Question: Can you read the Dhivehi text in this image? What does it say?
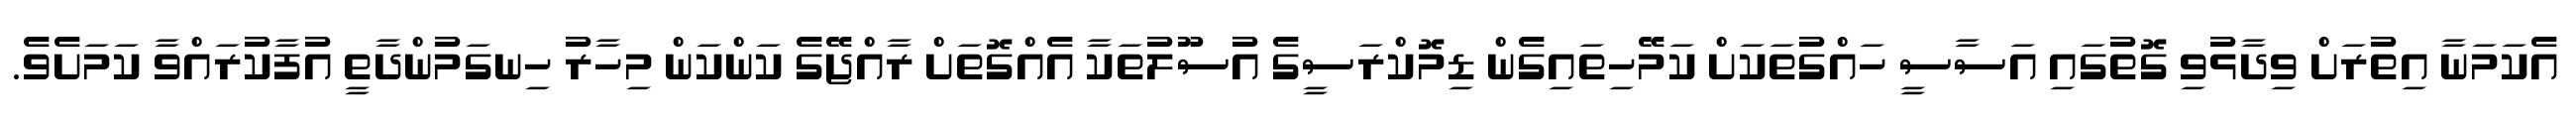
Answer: އެކަމަނާ އިތުރަށް ވިދާޅުވި ގޮތުގައި އަސާސީ ހައްގުތަކަށް ކަމޭހިތައިގެން ޑިމޮކްރަސީގެ އުސޫލުތަކާ އެއްގޮތަށް ރާއްޖޭގެ ކަންކަން މިހާރު ހިނގަމުންދާތީ އުފާކުރައްވާ ކަމަށެވެ.